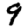
Digit: 9